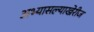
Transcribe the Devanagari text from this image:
अभ्यासल्याखेरीज